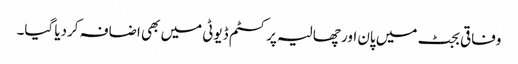
وفاقی بجٹ میں پان اور چھالیہ پر کسٹم ڈیوٹی میں بھی اضافہ کردیا گیا۔